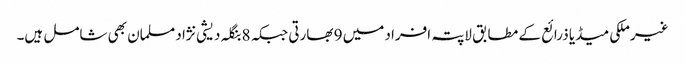
غیرملکی میڈیا ذرائع کے مطابق لاپتہ افراد میں 9 بھارتی جبکہ 8 بنگلہ دیشی نژاد مسلمان بھی شامل ہیں۔